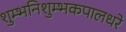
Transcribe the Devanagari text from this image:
शुम्भनिशुम्भकपालधरे